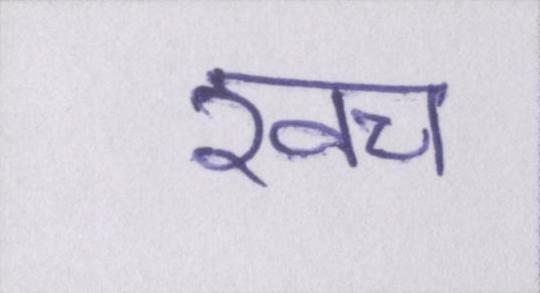
खच॔